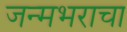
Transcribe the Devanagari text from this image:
जन्मभराचा